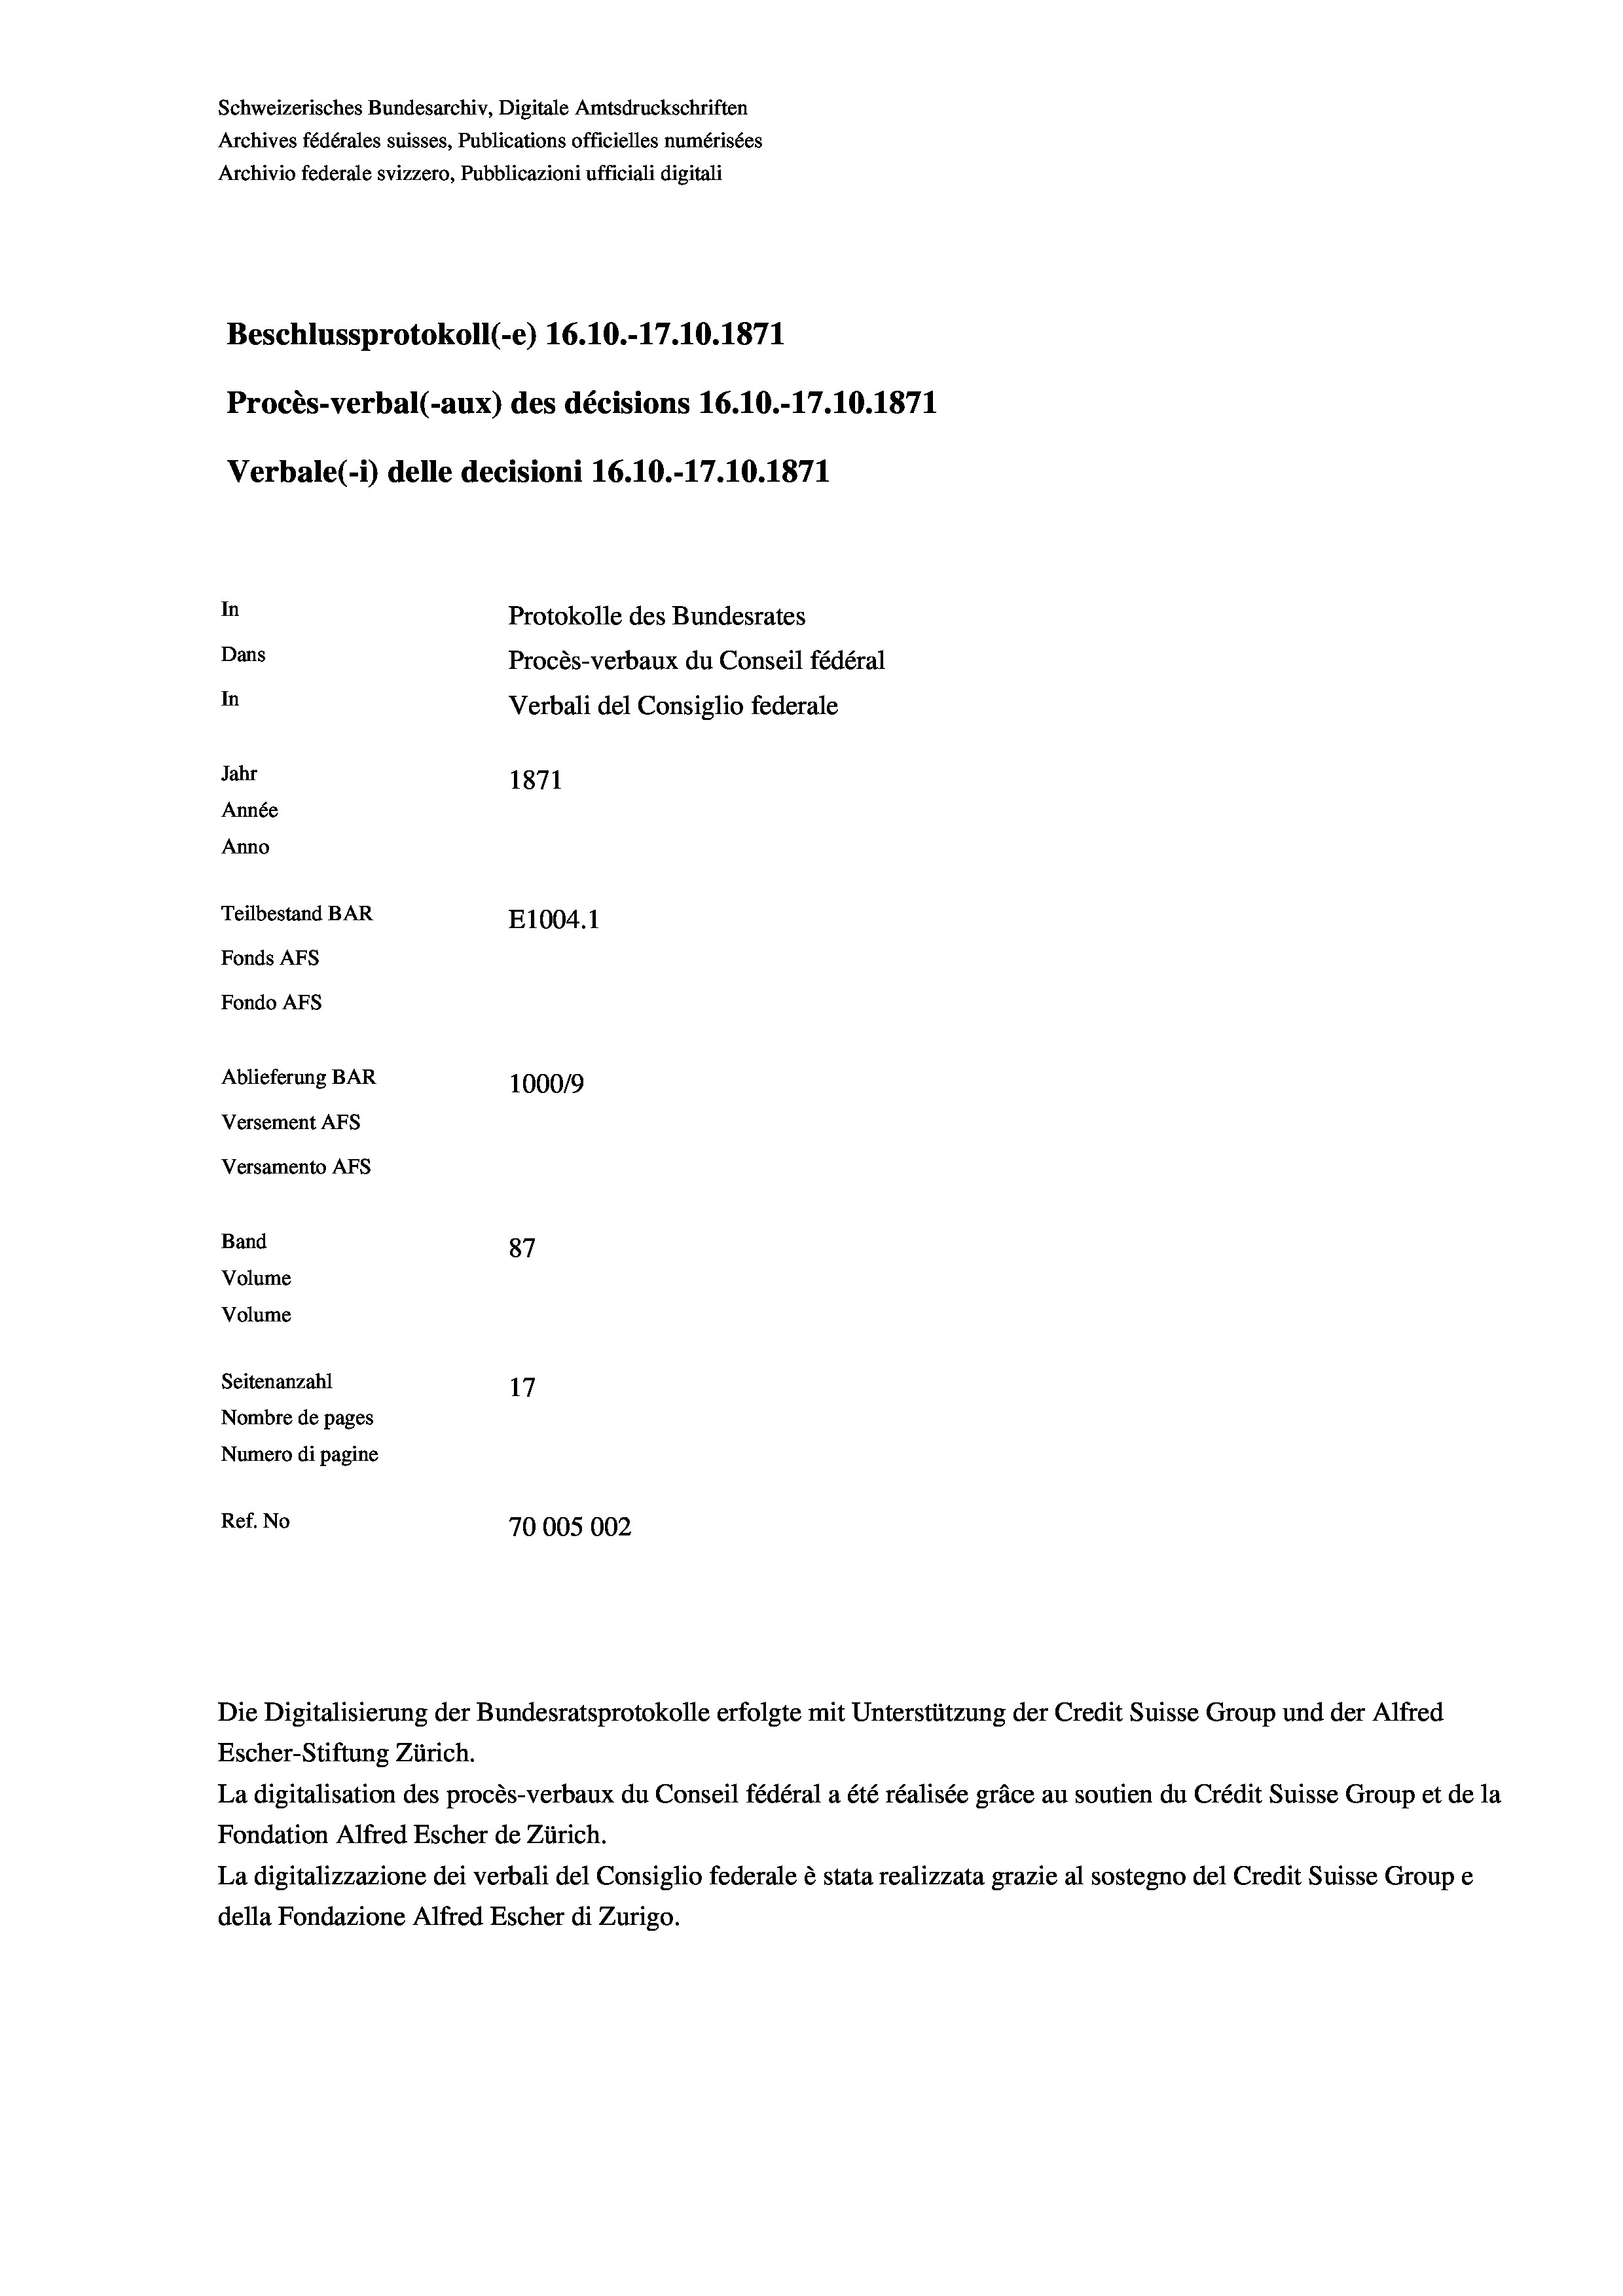
Schweizerisches Bundesarchiv, Digitale Amtsdruckschriften
Archives fédérales suisses, Publications officielles numérisées
Archivio federale svizzero, Pubblicazioni ufficiali digitali
Beschlussprotokoll (-e) 16.10.-17.10.1871
Procès-verbal (-aux) des décisions 16.10.-17.10.1871
Verbale (- 1) delle decisioni 16.10.-17.10.1871
In
Protokolle des Bundesrates
Dans
Procès-verbaux du Conseil fédéral
In
Verbali del Consiglio federale
Jahr
1871
Année
Anno
Teilbestand BAR
E1004.1
Fonds Afs
Fondo AFS
Ablieferung BAR
100019
Versement AFs
Versamento AFs
Band
87
Volume
Volume
Seitenanzahl
Nombre de pages
Numero di pagine
Ref. No
70005002

Escher-Stiftung Zürich.
La digitalisation des procès-verbaux du Conseil fédéral a été réalisée gräce au soutien du Crédit Suisse Group et de la
Fondation Alfred Escher de Zürich.
La digitalizzazione dei verbali del Consiglio federale è stata realizzata grazie al sostegno del Credit Suisse Groupe
della Fondazione Alfred Escher di Zurigo.

Die Digitalisierung der Bundesratsprotokolle erfolgte mit Unterstützung der Credit Suisse Group und der Alfred